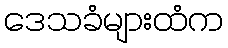
ဒေသခံများထံက